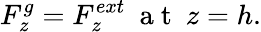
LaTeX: {{F}_{z}^{g}}=F_{z}^{ext}~{\mathrm{~a~t~}}~{{z=h}}{.}